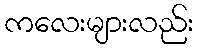
ကလေးများလည်း